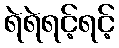
ရဲရဲရင့်ရင့်